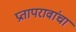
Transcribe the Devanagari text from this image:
प्रतापरावांचा